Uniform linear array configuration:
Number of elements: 12
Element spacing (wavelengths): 0.25
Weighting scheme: uniform
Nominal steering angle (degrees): -15
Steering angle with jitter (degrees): -14.641
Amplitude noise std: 0.05
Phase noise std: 0.05

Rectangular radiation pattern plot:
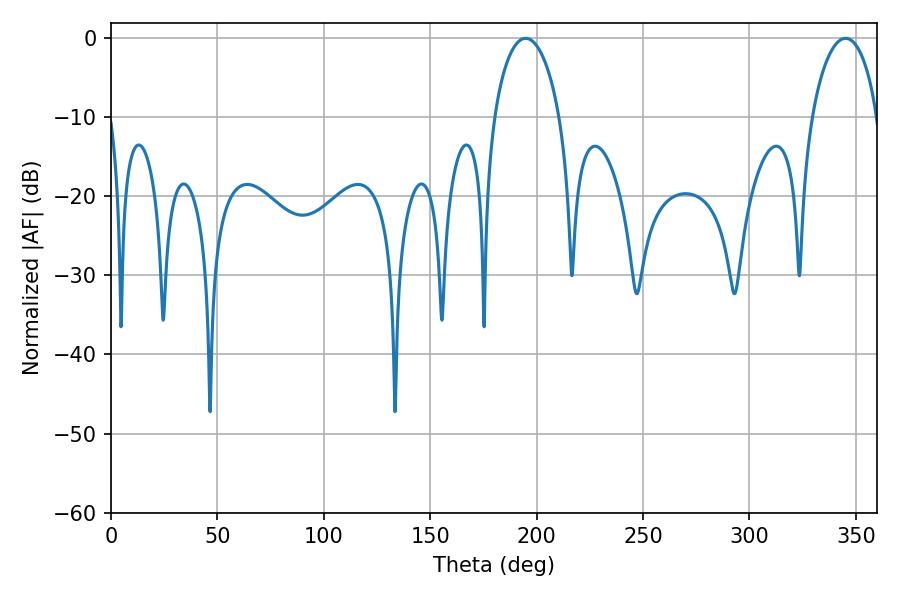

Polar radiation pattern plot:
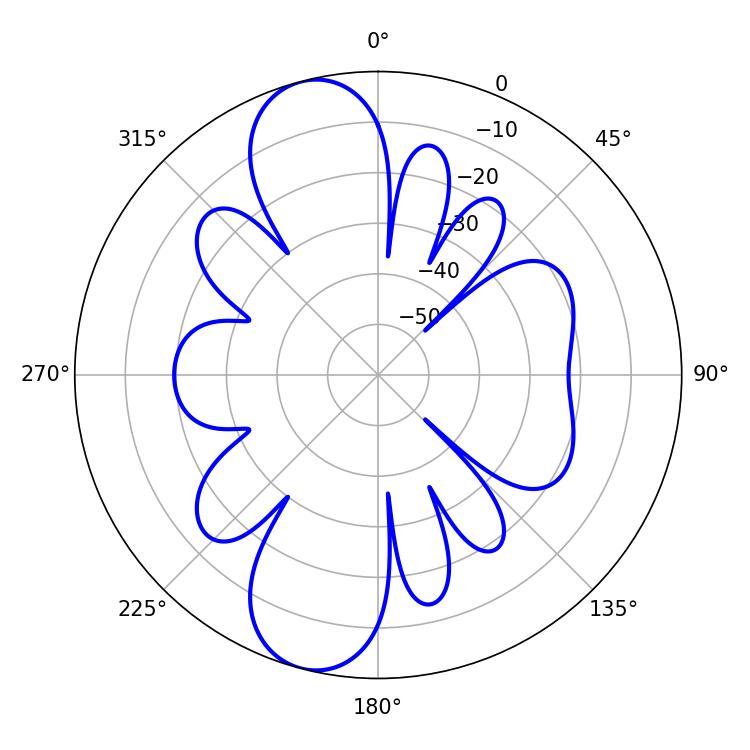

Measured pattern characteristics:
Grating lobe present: FALSE
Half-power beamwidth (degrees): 17.82
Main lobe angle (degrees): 194.76